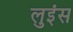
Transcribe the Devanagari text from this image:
लुइंस